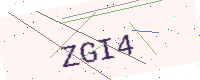
Text: ZGI4